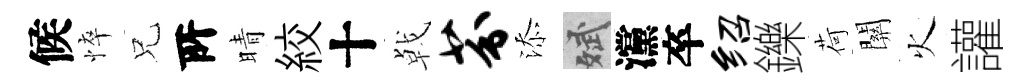
候悴兄𠩄晴絞十㦸芬添斌灙卒绍鑠荷關火讙